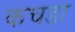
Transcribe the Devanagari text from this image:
कचडा